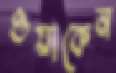
ওয়াকেন